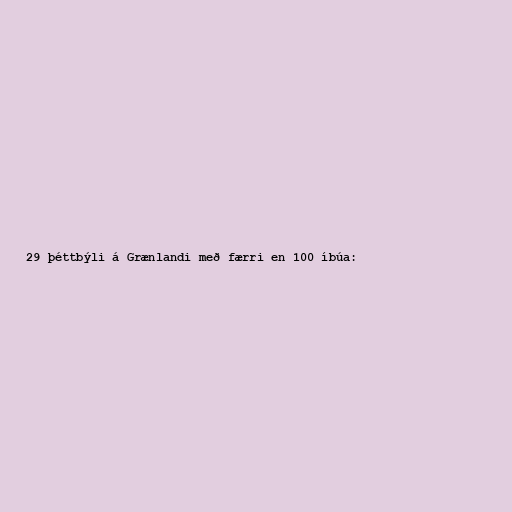
29 þéttbýli á Grænlandi með færri en 100 íbúa: